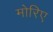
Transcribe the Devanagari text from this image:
मोरिए